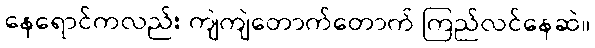
နေရောင်ကလည်း ကျဲကျဲတောက်တောက် ကြည်လင်နေဆဲ။